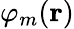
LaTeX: \varphi_{m}(\textbf{r})